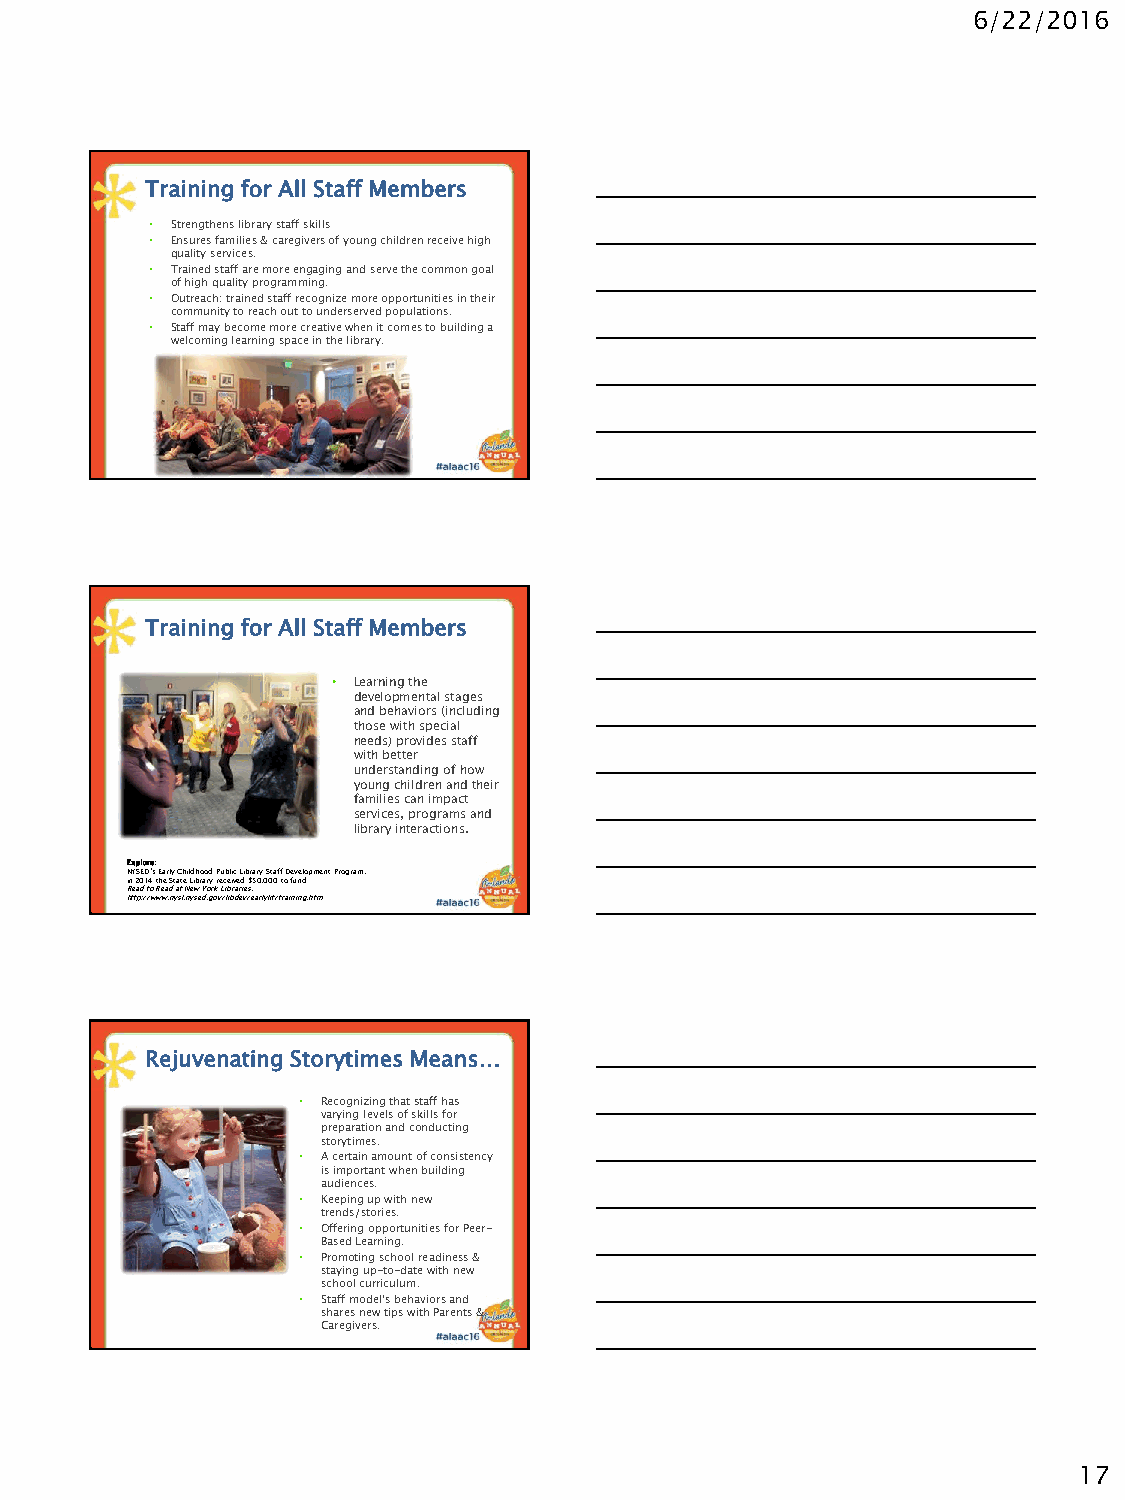
6/22/2016
 Training for All Staff Members
 • Strengthens library staff skills
 • Ensures families & caregivers of young children receive high
 quality services.
 • Trained staff are more engaging and serve the common goal
 of high quality programming.
 • Outreach: trained staff recognize more opportunities in their
 community to reach out to underserved populations.
 • Staff may become more creative when it comes to building a
 welcoming learning space in the library.
 Training for All Staff Members
 • Learning the
 developmental stages
 and behaviors (including
 those with special
 needs) provides staff
 with better
 understanding of how
 young children and their
 families can impact
 services, programs and
 library interactions.
 Explore:
 NYSED’s Early Childhood Public Library Staff Development Program,
 in 2014 the State Library received $50,000 to fund
 Read to Read at New York Libraries.
 http://www.nysl.nysed.gov/libdev/earlylit/training.htm
 Rejuvenating Storytimes Means…
 • Recognizing that staff has
 varying levels of skills for
 preparation and conducting
 storytimes.
 • A certain amount of consistency
 is important when building
 audiences.
 • Keeping up with new
 trends/stories.
 • Offering opportunities for Peer-
 Based Learning.
 • Promoting school readiness &
 staying up-to-date with new
 school curriculum.
 • Staff model’s behaviors and
 shares new tips with Parents &
 Caregivers.
 17